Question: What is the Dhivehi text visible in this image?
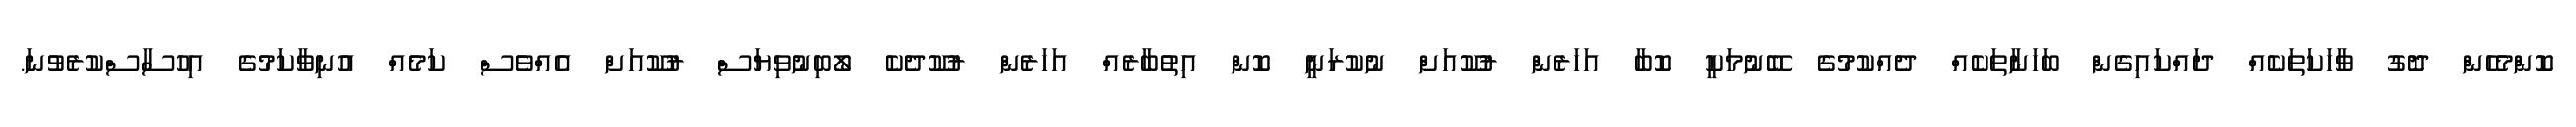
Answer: ކޮންމެހެން ދޮގު ވާހަކަތަކެއް ދައްކައިގެން ބަހަނާތަކެއް ދެއްކުމުގެ ބޭނުމަކީ ކޮބާ އަހަރެން ރުކޫއަށް ނުކުރަނީ ކޮން އިތުބާރެއް އަހަރެން ރުކޫދެކެ ލޯބިނުވިޔަސް ރުކޫއަށް އެއްވެސް ކަމެއް އުނިވާކަމުގެ އިހުސާސްކުރެވުނަ.